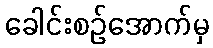
ခေါင်းစဉ်အောက်မှ